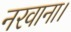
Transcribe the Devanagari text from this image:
नरवाना।